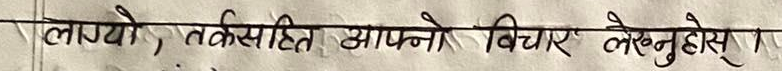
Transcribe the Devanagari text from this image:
लाग्यो, तर्कसहित आफ्नो विचार लेख्नुहोस् ।